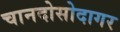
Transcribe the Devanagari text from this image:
चानदोसोदागर